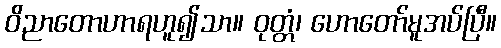
ဝိညာတောဟာရဟူ၍သာ။ ဝုတ္တံ၊ ဟောတော်မူအပ်ပြီ။